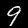
Digit: 9